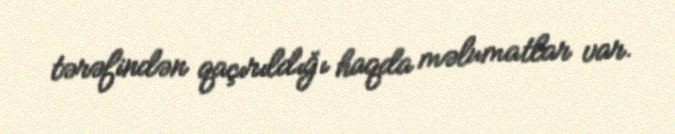
tərəfindən qaçırıldığı haqda məlumatlar var.